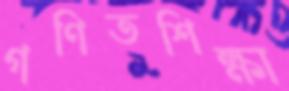
গণিতশিক্ষা